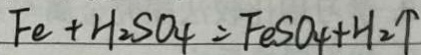
F e + H _ { 2 } S O _ { 4 } = F e S O _ { 4 } + H _ { 2 } \uparrow